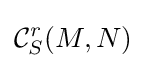
{\mathcal {C}}_{S}^{r}(M,N)